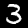
Label: 3